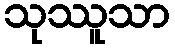
သုဿူသာ